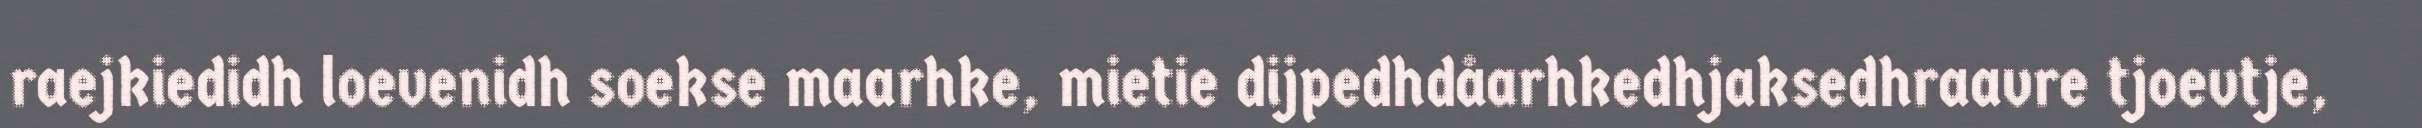
raejkiedidh loevenidh soekse maarhke, mietie dijpedhdåarhkedhjaksedhraavre tjoevtje,